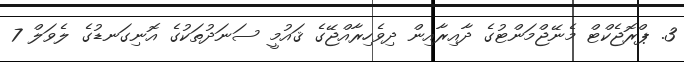
3. ޕްރޮޖެކްޓް މެނޭޖްމަންޓުގެ ދާއިރާއިން ދިވެހިރާއްޖޭގެ ޤައުމީ ސަނަދުތަކުގެ އޮނިގަނޑުގެ ލެވަލް 7